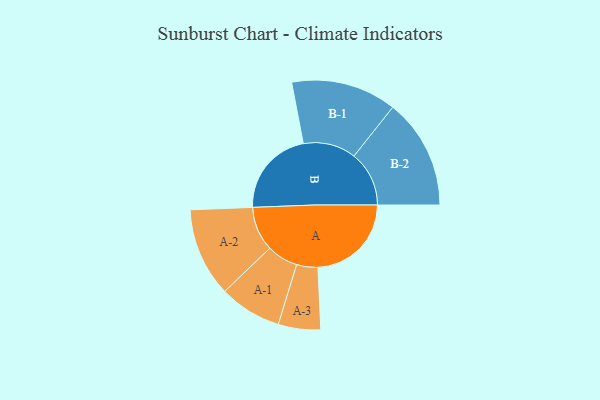
{"axis": {"x": "Segment", "y": "Value"}, "legend": ["", "A", "B"], "data": [{"x": "A", "y": 473, "type": ""}, {"x": "B", "y": 441, "type": ""}, {"x": "A-1", "y": 158, "type": "A"}, {"x": "A-2", "y": 225, "type": "A"}, {"x": "A-3", "y": 107, "type": "A"}, {"x": "B-1", "y": 267, "type": "B"}, {"x": "B-2", "y": 279, "type": "B"}]}